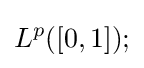
L^{p}([0,1]);